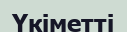
Үкіметті